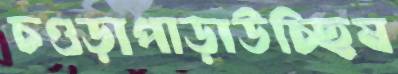
চওড়াপাড়াউচ্ছিষ